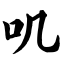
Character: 叽